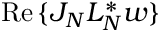
\operatorname { R e } { \{ J _ { N } L _ { N } ^ { * } w \} }